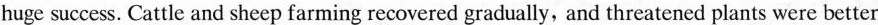
huge success. Cattle and sheep farming recovered gradually, and threatened plants were better